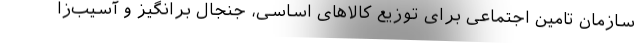
سازمان تامین اجتماعی برای توزیع کالاهای اساسی، جنجال برانگیز و آسیب‌زا